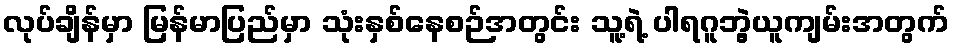
လုပ်ချိန်မှာ မြန်မာပြည်မှာ သုံးနှစ်နေစဉ်အတွင်း သူ့ရဲ့ ပါရဂူဘွဲ့ယူကျမ်းအတွက်